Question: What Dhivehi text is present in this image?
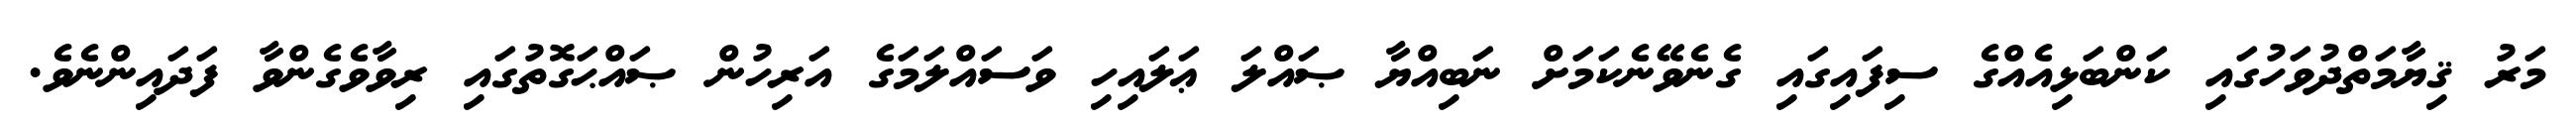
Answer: މަރު ޤިޔާމަތްދުވަހުގައި ކަންބަޅިއެއްގެ ސިފައިގައި ގެނެވޭނެކަމަށް ނަބިއްޔާ ޞައްލަ ޢަލައިހި ވަސައްލަމަގެ އަރިހުން ޞައްޙަގޮތުގައި ރިވާވެގެންވާ ފަދައިންނެވެ.